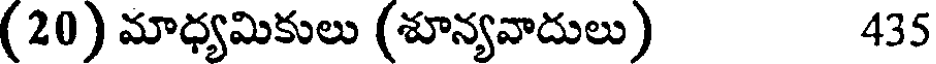
(20) మాధ్యమికులు (శూన్యవాదులు) 435